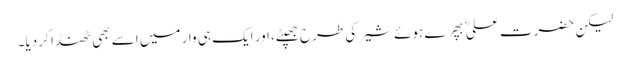
لیکن حضرت علیؓ بپھرے ہوئے شیر کی طرح جھپٹے،اور ایک ہی وار میں اسے بھی ٹھنڈا کر دیا۔